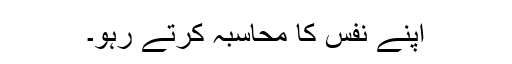
اپنے نفس کا محاسبہ کرتے رہو۔